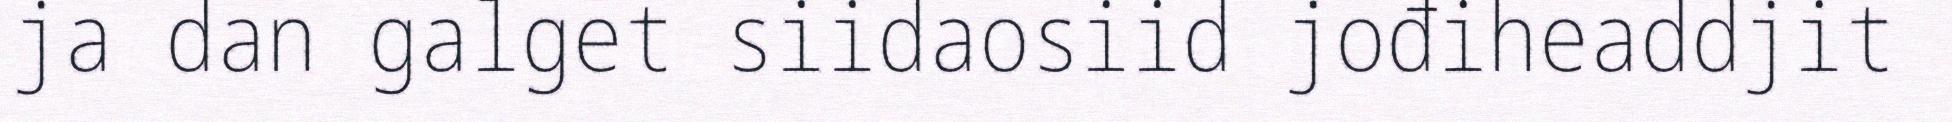
ja dan galget siidaosiid jođiheaddjit